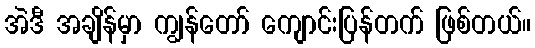
အဲဒီ အချိန်မှာ ကျွန်တော် ကျောင်းပြန်တက် ဖြစ်တယ်။